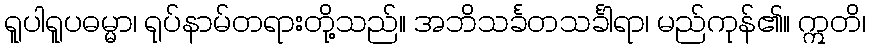
ရူပါရူပဓမ္မာ၊ ရုပ်နာမ်တရားတို့သည်။ အဘိသင်္ခတသင်္ခါရာ၊ မည်ကုန်၏။ ဣတိ၊